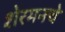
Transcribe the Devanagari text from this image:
शेरमनचे